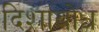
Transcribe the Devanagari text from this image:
दिशाबोध